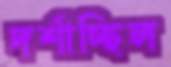
দর্শাচ্ছিল